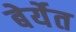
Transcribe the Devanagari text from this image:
बेर्येत